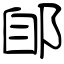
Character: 郋